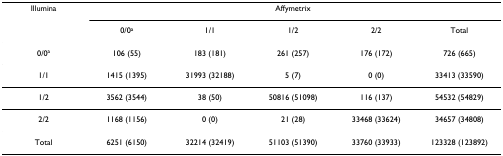
<table><thead><tr><td><b>Illumina</b></td><td colspan="5"><b>Affymetrix</b></td></tr><tr><td>[EMPTY_CELL]</td><td><b>0/0<sup>a</sup></b></td><td><b>1/1</b></td><td><b>1/2</b></td><td><b>2/2</b></td><td><b>Total</b></td></tr></thead><tbody><tr><td>0/0<sup>a</sup></td><td>106 (55)</td><td>183 (181)</td><td>261 (257)</td><td>176 (172)</td><td>726 (665)</td></tr><tr><td>1/1</td><td>1415 (1395)</td><td>31993 (32188)</td><td>5 (7)</td><td>0 (0)</td><td>33413 (33590)</td></tr><tr><td>1/2</td><td>3562 (3544)</td><td>38 (50)</td><td>50816 (51098)</td><td>116 (137)</td><td>54532 (54829)</td></tr><tr><td>2/2</td><td>1168 (1156)</td><td>0 (0)</td><td>21 (28)</td><td>33468 (33624)</td><td>34657 (34808)</td></tr><tr><td>Total</td><td>6251 (6150)</td><td>32214 (32419)</td><td>51103 (51390)</td><td>33760 (33933)</td><td>123328 (123892)</td></tr></tbody></table>